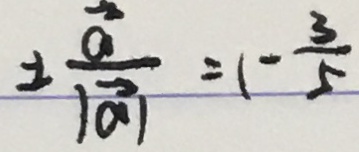
\pm \frac { \overrightarrow { a } } { \vert \overrightarrow { a } \vert } = 1 - \frac { 3 } { 5 }